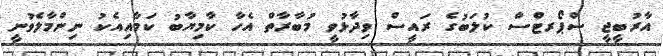
އާރުބީޖީ ސްޕޯރޓްސް ކުލަބުގެ ރައީސް ވިދާޅުވީ މުބާރާތް އެހާ ކާމިޔާބު ކަމާއިއެކު ނިންމާލެވުނީ